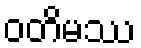
ဝတိမဿ